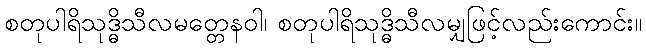
စတုပါရိသုဒ္ဓိသီလမတ္တေနဝါ၊ စတုပါရိသုဒ္ဓိသီလမျှဖြင့်လည်းကောင်း။